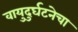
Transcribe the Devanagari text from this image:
वायुदुर्घटनेचा